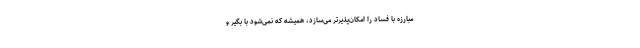
مبارزه با فساد را امکان‌پذیرتر می‌سازد، همیشه که نمی‌شود با بگیر و